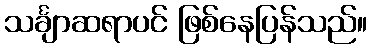
သင်္ချာဆရာပင် ဖြစ်နေပြန်သည်။